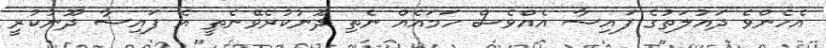
އެހެންވެ ދައުލަތުގެ ފައިސާ އެއްވެސް ހަމައެއް ނެތި ދޫނުކުރެވޭނެތީ އެ ފައިސާ ދޫނުކުރީ